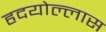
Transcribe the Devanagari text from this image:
हृदयोल्लास